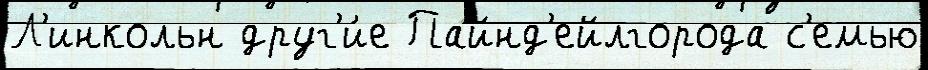
Л'инкольн друг'и́е Пайнд'ейлгорода с'емью